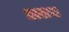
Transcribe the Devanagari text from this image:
अलस